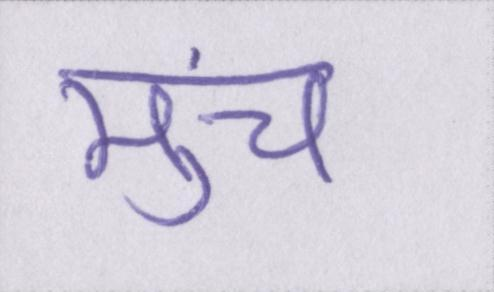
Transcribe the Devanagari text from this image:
मुंच